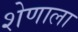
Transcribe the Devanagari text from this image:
शेणाला